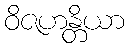
ဝိဇဟန္တိယာ